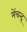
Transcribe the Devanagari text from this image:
मेंचन्द्र